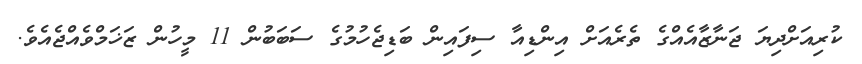
ކުރިއަށްދިޔަ ޖަނާޒާއެއްގެ ތެރެއަށް އިންޑިއާ ސިފައިން ބަޑިޖެހުމުގެ ސަބަބުން 11 މީހުން ޒަޚަމްވެއްޖެއެވެ.